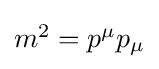
{\textstyle m^{2}=p^{\mu }p_{\mu }}